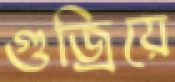
গুজ্‌রিয়ে